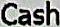
CASH